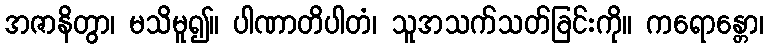
အဇာနိတွာ၊ မသိမူ၍။ ပါဏာတိပါတံ၊ သူအသက်သတ်ခြင်းကို။ ကရောန္တော၊